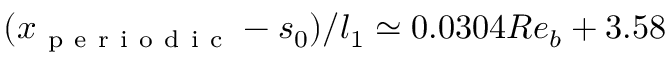
( x _ { \mathrm { ~ p ~ e ~ r ~ i ~ o ~ d ~ i ~ c ~ } } - s _ { 0 } ) / l _ { 1 } \simeq 0 . 0 3 0 4 R e _ { b } + 3 . 5 8